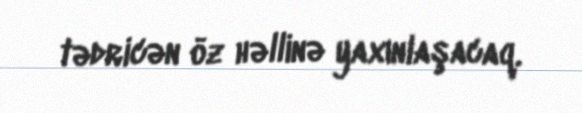
tədricən öz həllinə yaxınlaşacaq.